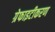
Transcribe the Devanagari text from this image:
ग्रेफाइटीकरण